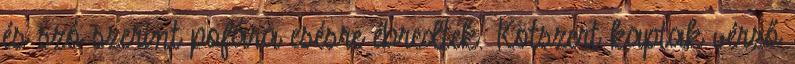
és szó szerint pofára esésre ébredtek. Kötszert kaptak vérző